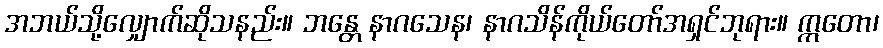
အဘယ်သို့လျှောက်ဆိုသနည်း။ ဘန္တေ နာဂသေန၊ နာဂသိန်ကိုယ်တော်အရှင်ဘုရား။ ဣတော၊